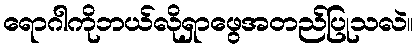
ရောဂါကိုဘယ်လိုရှာဖွေအတည်ပြုသလဲ။